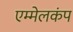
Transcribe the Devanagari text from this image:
एम्मेलकंप